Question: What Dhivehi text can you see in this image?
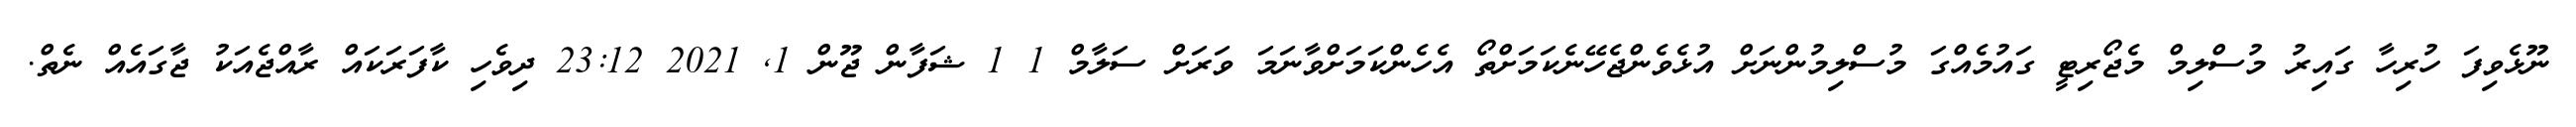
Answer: ނޫޅެވިފަ ހުރިހާ ގައިރު މުސްލިމް މެޖޯރިޓީ ގައުމެއްގަ މުސްލިމުންނަށް އުޅެވެންޖެހޭނެކަމަށްތޯ އެހެންކަމަށްވާނަމަ ވަރަށް ސަލާމް 1 1 ޝަފާން ޖޫން 1, 2021 23:12 ދިވެހި ކާފަރަކައް ރާއްޖެއަކު ޖާގައެއް ނެތް.